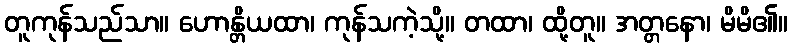
တူကုန်သည်သာ။ ဟောန္တိယထာ၊ ကုန်သကဲ့သို့။ တထာ၊ ထို့တူ။ အတ္တနော၊ မိမိ၏။